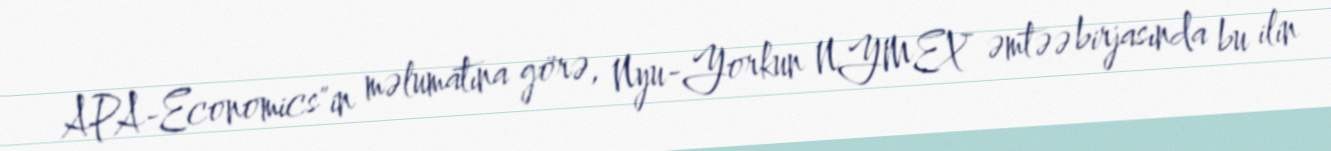
APA-Economics"in məlumatına görə, Nyu-Yorkun NYMEX əmtəə birjasında bu ilin